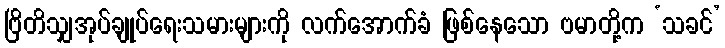
ဗြိတိသျှအုပ်ချုပ်ရေးသမားများကို လက်အောက်ခံ ဖြစ်နေသော ဗမာတို့က ‘သခင်’